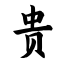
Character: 贵